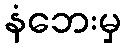
နံဘေးမှ